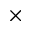
\times